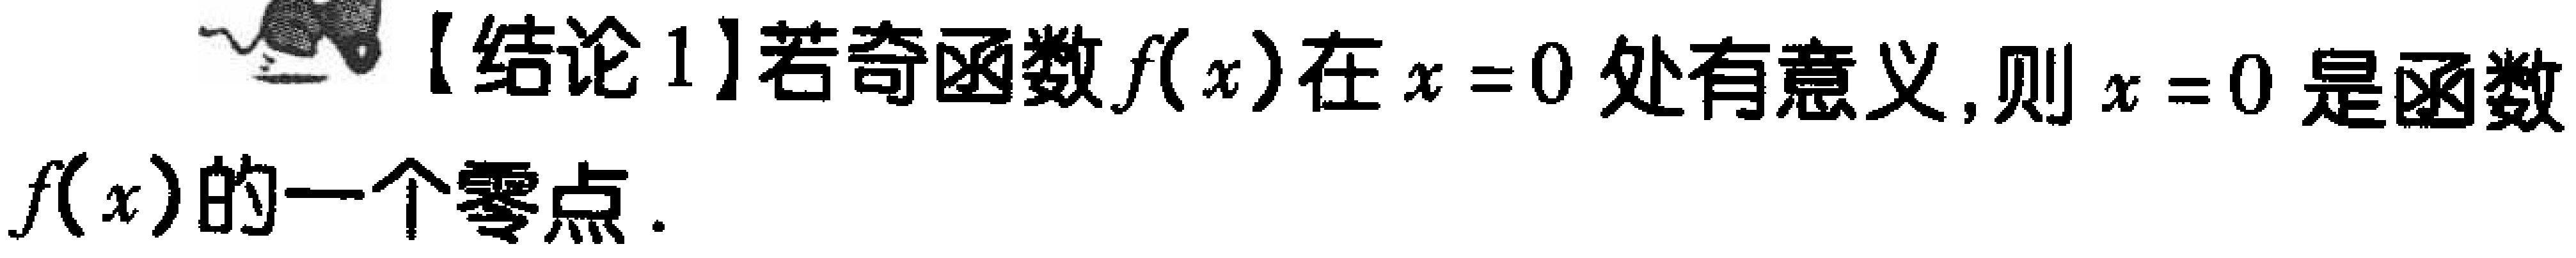
【结论1】若奇函数\(f(x)\)在\(x = 0\)处有意义，则\(x = 0\)是函数\(f(x)\)的一个零点.